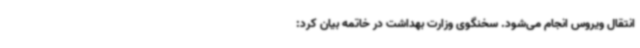
انتقال ویروس انجام می‌شود. سخنگوی وزارت بهداشت در خاتمه بیان کرد: